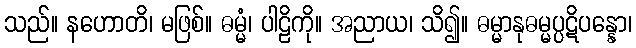
သည်။ နဟောတိ၊ မဖြစ်။ ဓမ္မံ၊ ပါဠိကို။ အညာယ၊ သိ၍။ ဓမ္မာနုဓမ္မပ္ပဋိပန္နော၊